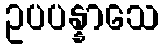
ဥပပန္နာသေ